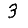
Digit: 3